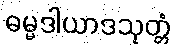
ဓမ္မဒါယာဒသုတ္တံ